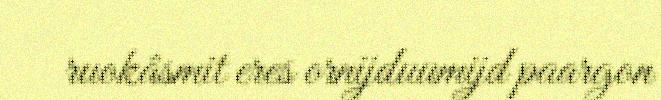
ruokâsmit eres ornijduumijd paargon